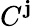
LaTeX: C^{\mathbf{j}}